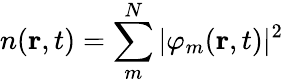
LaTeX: n(\textbf{r},t)=\sum_{m}^{N}|\varphi_{m}(\textbf{r},t)|^{2}